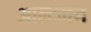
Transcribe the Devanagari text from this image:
आल्टमन